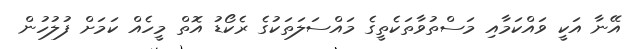
އޭނާ އަކީ ވައްކަމާއި މަސްތުވާތަކެތީގެ މައްސަލަތަކުގެ ރެކޯޑު އޮތް މީހެއް ކަމަށް ފުލުހުން